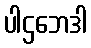
ပါဌဘေဒါ